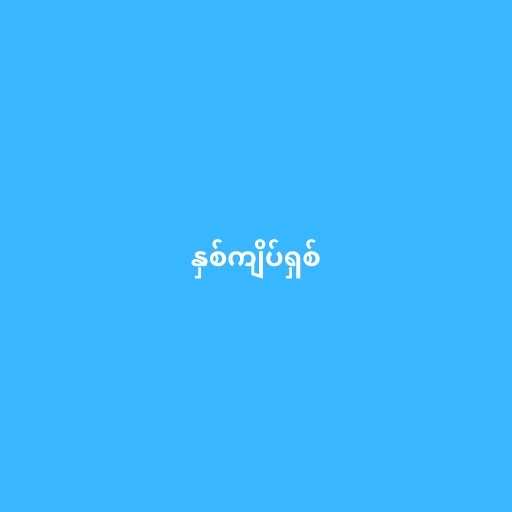
နှစ်ကျိပ်ရှစ်